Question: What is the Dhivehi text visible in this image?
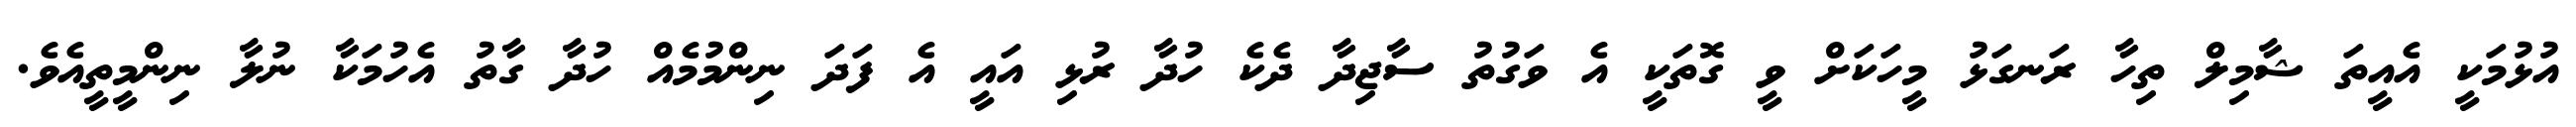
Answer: އުޅުމަކީ އެއީތަ ޝާމިލް ތިހާ ރަނގަޅު މީހަކަށް ވީ ގޮތަކީ އެ ވަގުތު ސާޖިދާ ދެކެ ހުދާ ރުޅި އައީ އެ ފަދަ ނިންމުމެއް ހުދާ ގާތު އެހުމަކާ ނުލާ ނިންމީތީއެވެ.